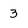
Character: 3